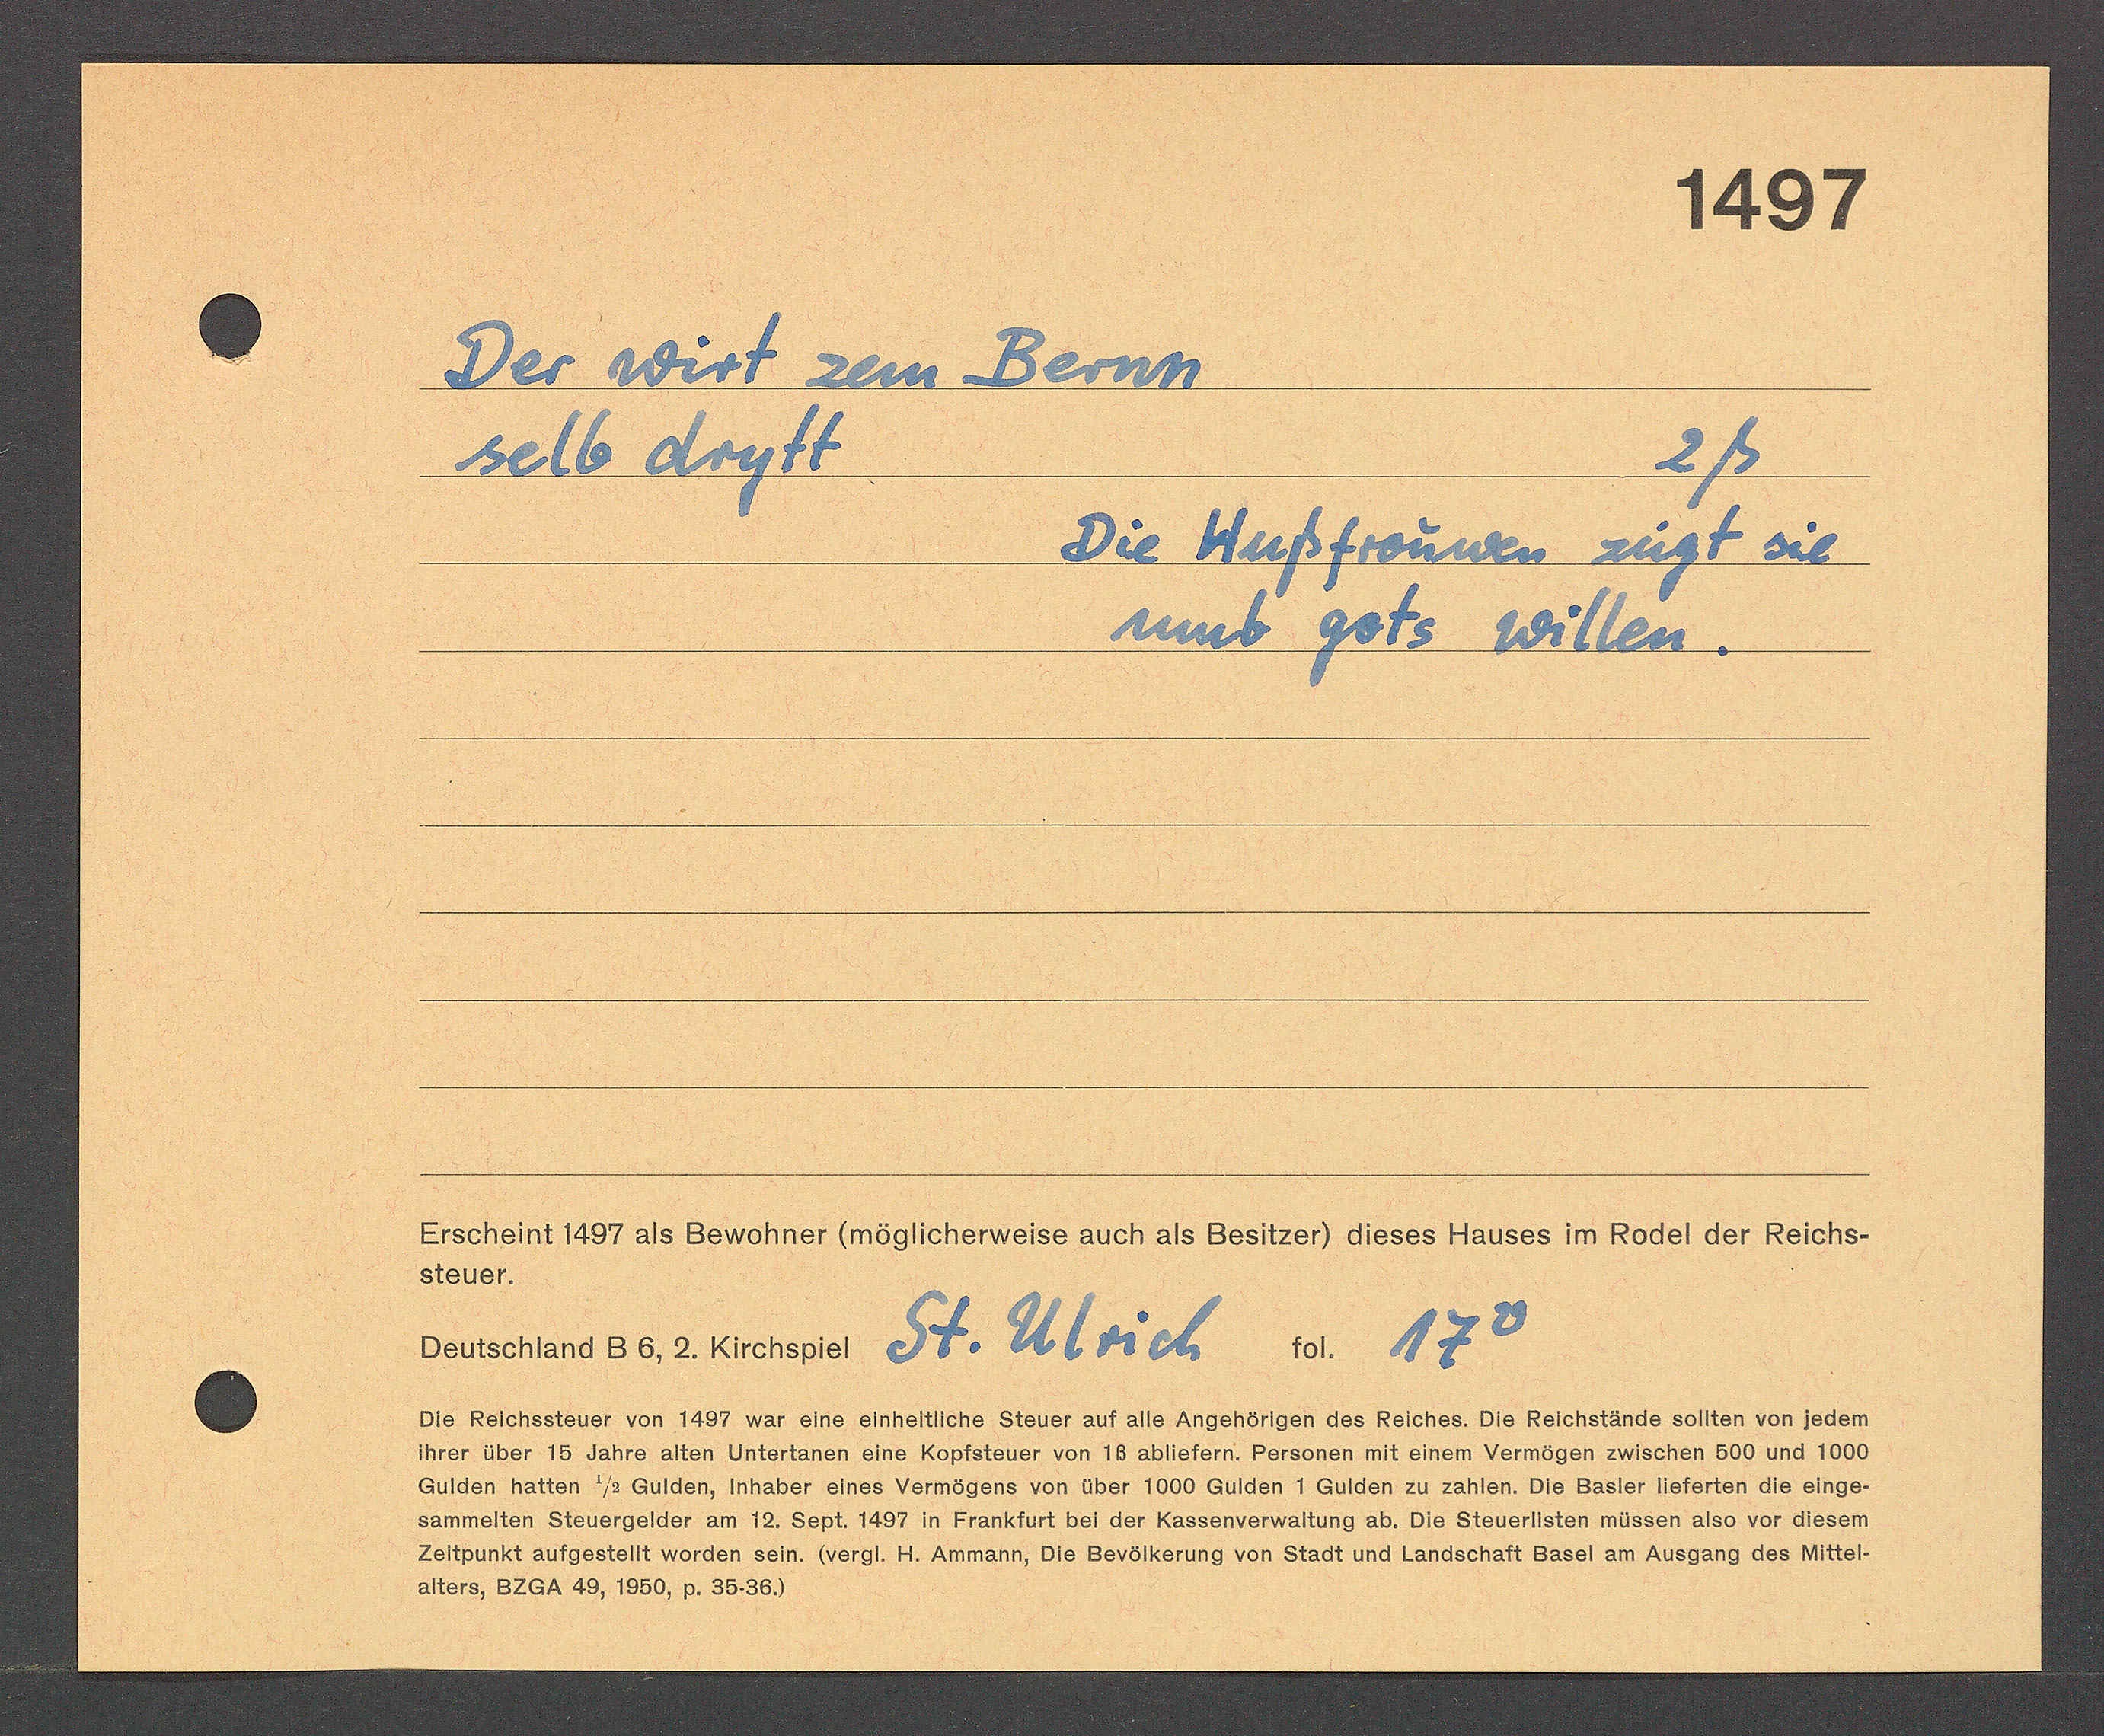
Transcript:
1497
Der wist zem Bernn
2ß
selb dogtt
Die Hußfreunen zugt sie
aumb gsts Witten.
Erscheint 1497 als Bewohner (mösticherweise auch als Besitzer) dieses Hauses im Rodel der Reichs
Steuer.
fol. 179.
Deuschland E6, 2. Küchspier St. U sich¬
Ote Reichssteuer von 1497 war eine einhettiiche Steuer auf alle Angehörigen des Reiches. Ole Reichstande sellten von
Threr über 18 Jahre alten Unterlanen eine Koptsteuer von 18 ablietern. Persenen mi emVen zschen 00 nd 100
Gulden hatten 73 Gulden, inhaber eines Vermögens von über 1000 Gulden 1 Gulden zzaheOe BsteMe¬
sammelten Steuergelder am 12. Sept. 1437 in Frankfurt bet der Kassenverwattung a. Oie terten muse als v dle
Zettzunkt aufgestellt worden sein. Wergt. Ht. Ammann, Ote Bevötherung von Stadt und landschaft Baselsn am aus
alters, O2aA 49, 1850, p. 3636)